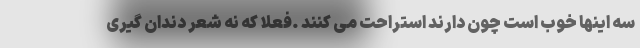
سه اینها خوب است چون دارند استراحت می کنند .فعلا که نه شعر دندان گیری